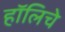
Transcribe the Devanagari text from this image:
हॉलिचे